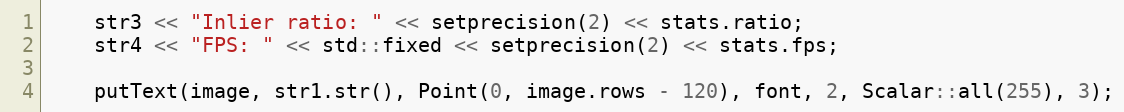
Language: C
    str3 << "Inlier ratio: " << setprecision(2) << stats.ratio;
    str4 << "FPS: " << std::fixed << setprecision(2) << stats.fps;

    putText(image, str1.str(), Point(0, image.rows - 120), font, 2, Scalar::all(255), 3);